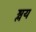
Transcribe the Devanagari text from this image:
श्लय